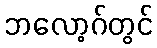
ဘလော့ဂ်တွင်